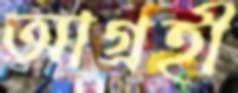
আগ্রহী